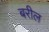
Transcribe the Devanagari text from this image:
बरील